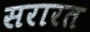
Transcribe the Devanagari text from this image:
सरारत